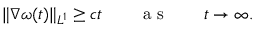
\| \nabla \omega ( t ) \| _ { L ^ { 1 } } \geq c t \qquad \mathrm { ~ a ~ s ~ } \qquad t \to \infty .